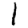
Digit: 1